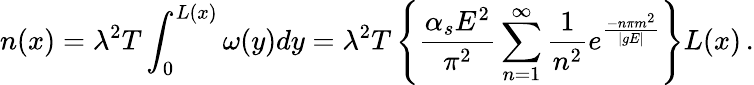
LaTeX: n(x)=\lambda^{2}T\int_{0}^{L(x)}\omega(y)dy=\lambda^{2}T\left\{ \frac{\alpha_{s}E^{2}}{\pi^{2}}\sum_{n=1}^{\infty}\frac{1}{n^{2}}e^{\frac{-n\pi m^{2}}{|gE|}}\right\} L(x)\, .